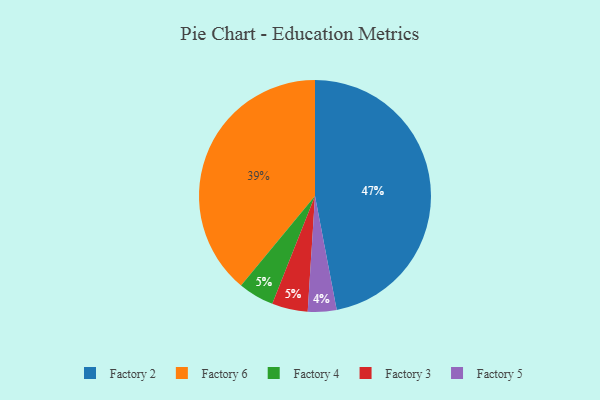
{"axis": {"x": "Category", "y": "Percentage"}, "legend": ["Factory 2", "Factory 3", "Factory 4", "Factory 5", "Factory 6"], "data": [{"x": "Factory 2", "y": 47, "type": "Factory 2"}, {"x": "Factory 6", "y": 39, "type": "Factory 6"}, {"x": "Factory 5", "y": 4, "type": "Factory 5"}, {"x": "Factory 4", "y": 5, "type": "Factory 4"}, {"x": "Factory 3", "y": 5, "type": "Factory 3"}]}